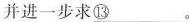
并进一步求\underline{⑬}。